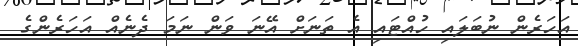
އަހަރެން ނުބަލައި ހުއްޓައި އެ ތަނަށް އޭނަ ވަން ނަމަ ދެނެއް އަހަރެންގެ